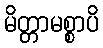
မိတ္တာမစ္စာပိ